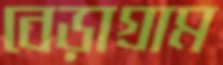
বেড়াগ্রাম